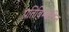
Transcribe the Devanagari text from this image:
प्रतिबिम्बहीन